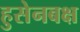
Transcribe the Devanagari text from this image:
हुसेनबक्ष